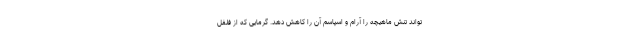
تواند تنش ماهیچه را آرام و اسپاسم آن را کاهش دهد. گرمایی که از فلفل